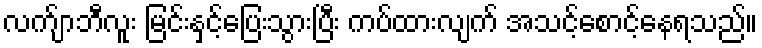
လက်ျာဘီလူး မြင်းနှင့်ပြေးသွားပြီး ကပ်ထားလျက် အသင့်စောင့်နေရသည်။